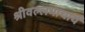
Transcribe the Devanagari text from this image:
श्रीवल्‍लभाचार्य